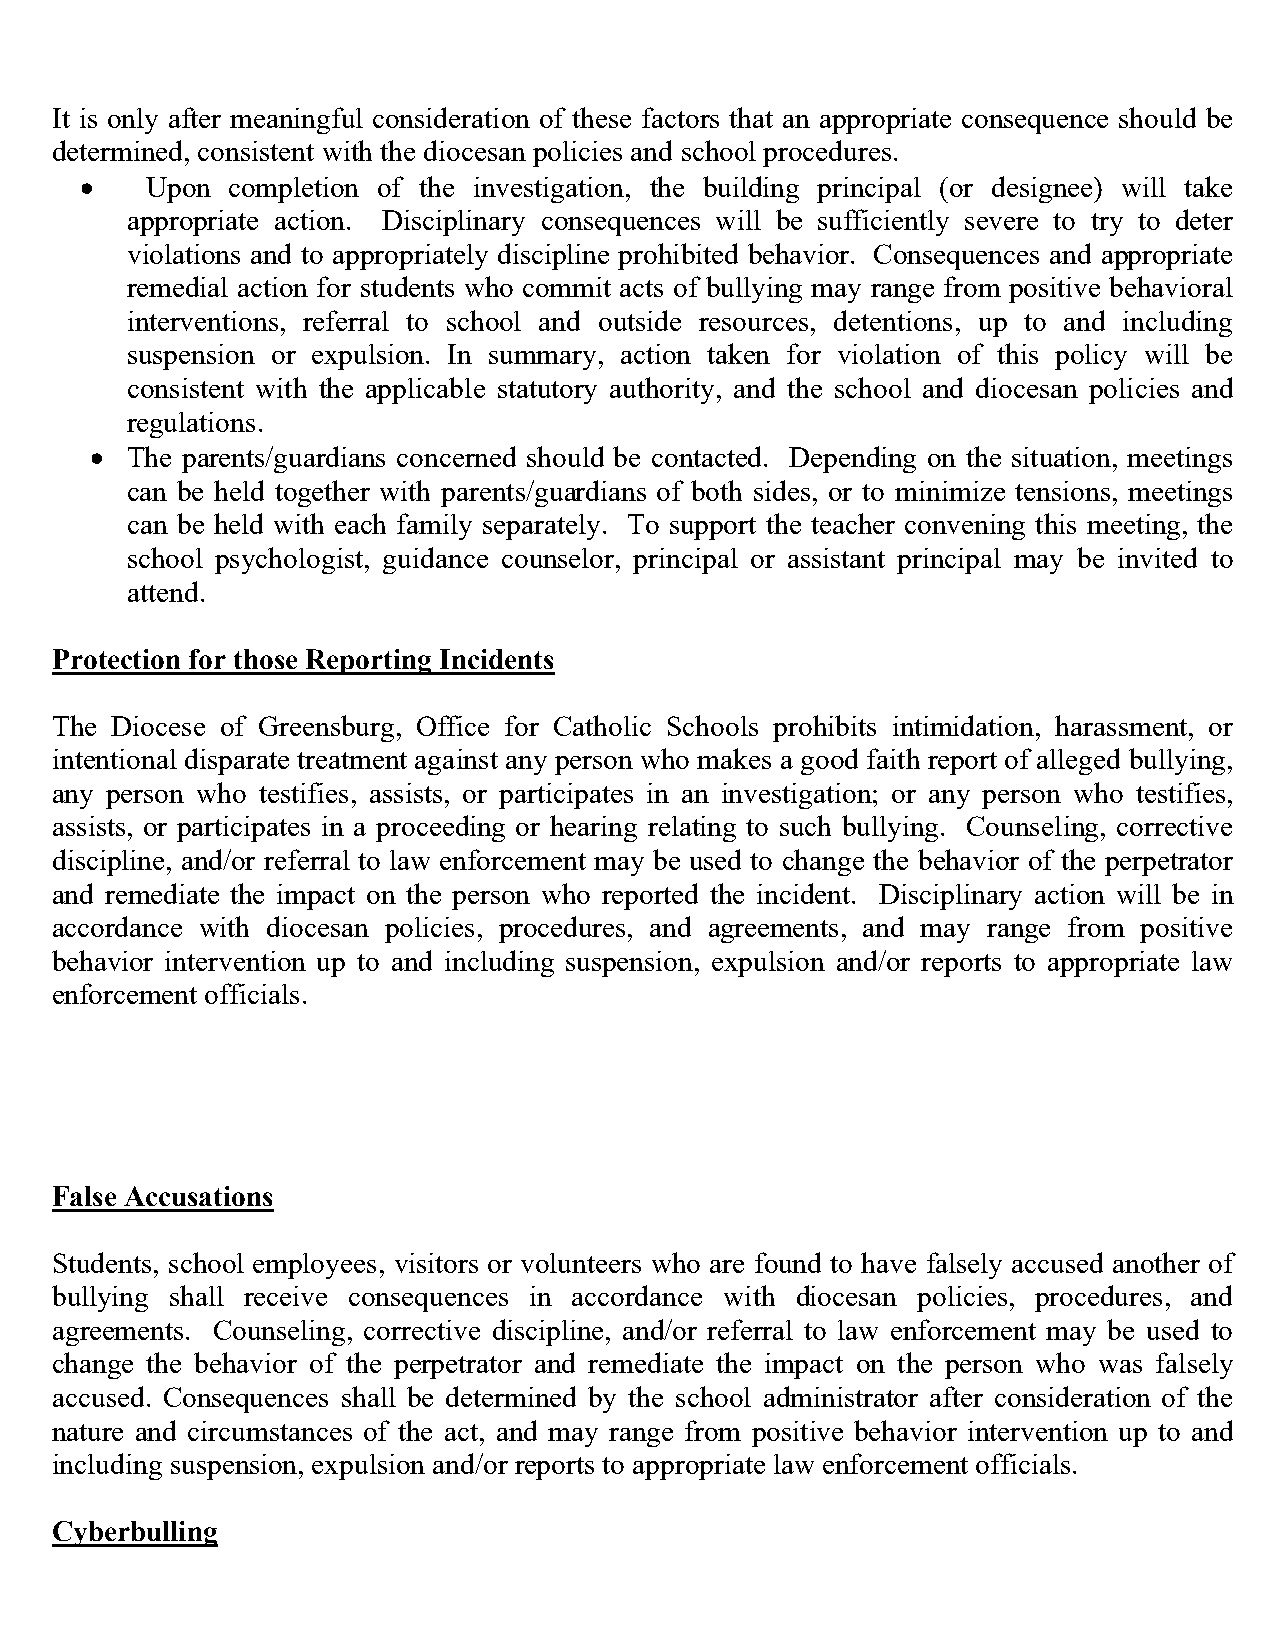
It is only after meaningful consideration of these factors that an appropriate consequence should be
 determined, consistent with the diocesan policies and school procedures.
 •    Upon completion of the investigation, the building principal (or designee) will take
 appropriate action. Disciplinary consequences will be sufficiently severe to try to deter
 violations and to appropriately discipline prohibited behavior. Consequences and appropriate
 remedial action for students who commit acts of bullying may range from positive behavioral
 interventions, referral to school and outside resources, detentions, up to and including
 suspension or expulsion. In summary, action taken for violation of this policy will be
 consistent with the applicable statutory authority, and the school and diocesan policies and
 regulations.
 • The parents/guardians concerned should be contacted. Depending on the situation, meetings
 can be held together with parents/guardians of both sides, or to minimize tensions, meetings
 can be held with each family separately. To support the teacher convening this meeting, the
 school psychologist, guidance counselor, principal or assistant principal may be invited to
 attend.
 Protection for those Reporting Incidents
 The Diocese of Greensburg, Office for Catholic Schools prohibits intimidation, harassment, or
 intentional disparate treatment against any person who makes a good faith report of alleged bullying,
 any person who testifies, assists, or participates in an investigation; or any person who testifies,
 assists, or participates in a proceeding or hearing relating to such bullying. Counseling, corrective
 discipline, and/or referral to law enforcement may be used to change the behavior of the perpetrator
 and remediate the impact on the person who reported the incident. Disciplinary action will be in
 accordance with diocesan policies, procedures, and agreements, and may range from positive
 behavior intervention up to and including suspension, expulsion and/or reports to appropriate law
 enforcement officials.
 False Accusations
 Students, school employees, visitors or volunteers who are found to have falsely accused another of
 bullying shall receive consequences in accordance with diocesan policies, procedures, and
 agreements. Counseling, corrective discipline, and/or referral to law enforcement may be used to
 change the behavior of the perpetrator and remediate the impact on the person who was falsely
 accused. Consequences shall be determined by the school administrator after consideration of the
 nature and circumstances of the act, and may range from positive behavior intervention up to and
 including suspension, expulsion and/or reports to appropriate law enforcement officials.
 Cyberbulling